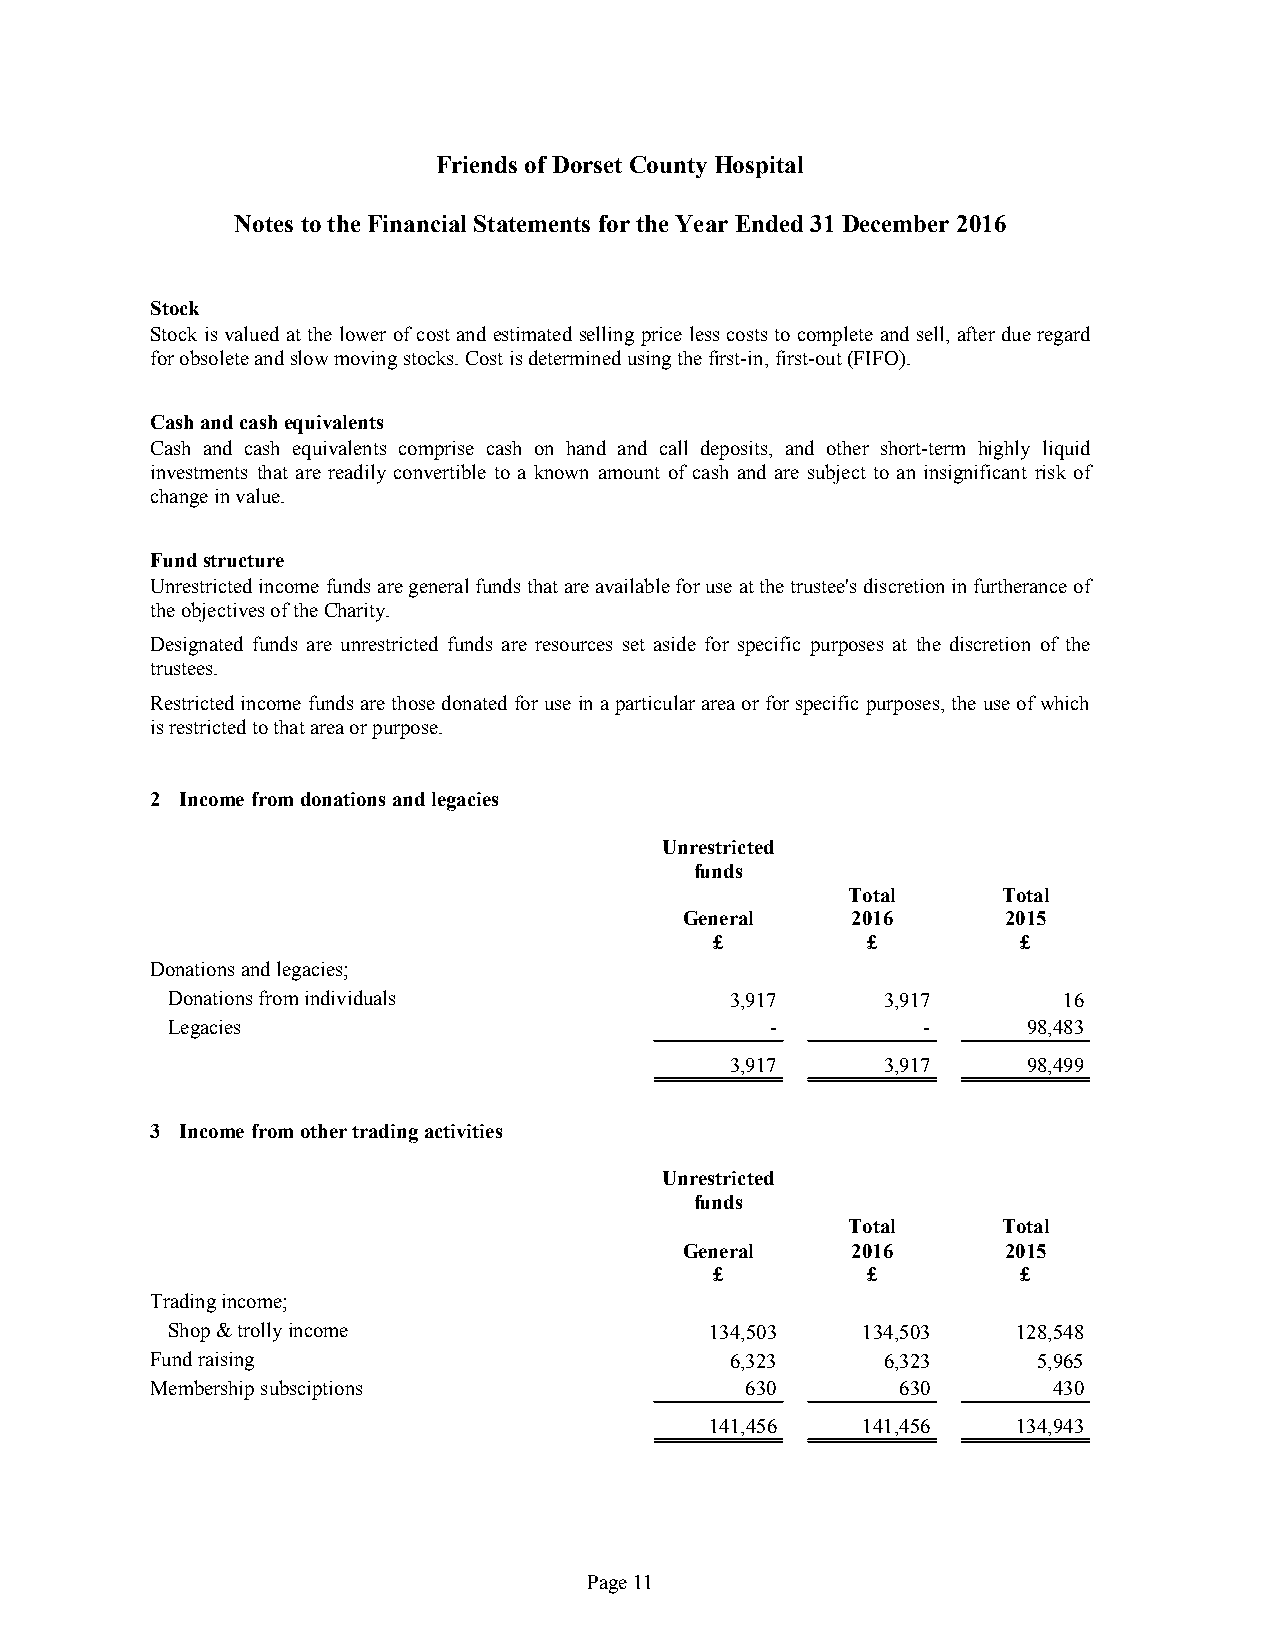
Friends ofDorset County Hospital
 Notes tothe Financial Statements forthe Year Ended31December 2016
 Stock
 Stock is valued at the lower of costand estimated selling price less costs to complete and sell, after due regard
 forobsoleteandslowmovingstocks.Costisdeterminedusingthefirst-in,first-out(FIFO).
 Cashandcashequivalents
 Cash and cash equivalents comprise cash on hand and call deposits, and other short-term highly liquid
 investments that are readily convertible to a known amount of cash and are subject to an insignificant risk of
 changeinvalue.
 Fundstructure
 Unrestrictedincome fundsaregeneralfundsthatareavailableforuseatthetrustee'sdiscretioninfurtherance of
 theobjectivesoftheCharity.
 Designated funds are unrestricted funds are resources set aside for specific purposes at the discretion of the
 trustees.
 Restricted income funds arethose donatedforuse inaparticularareaorforspecific purposes,the use ofwhich
 isrestrictedtothatareaorpurpose.
 2 Incomefromdonationsandlegacies
 Unrestricted
 funds
 Total     Total
 General    2016       2015
 £         £          £
 Donationsandlegacies;
 Donationsfromindividuals             3,917     3,917       16
 Legacies                                -         -      98,483
 3,917     3,917     98,499
 3 Incomefromothertradingactivities
 Unrestricted
 funds
 Total     Total
 General    2016       2015
 £         £          £
 Tradingincome;
 Shop&trollyincome                   134,503   134,503   128,548
 Fundraising                           6,323     6,323      5,965
 Membershipsubsciptions                 630        630       430
 141,456   141,456   134,943
 Page11